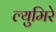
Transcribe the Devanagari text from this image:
ल्युमिरे